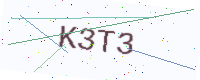
Text: K3T3